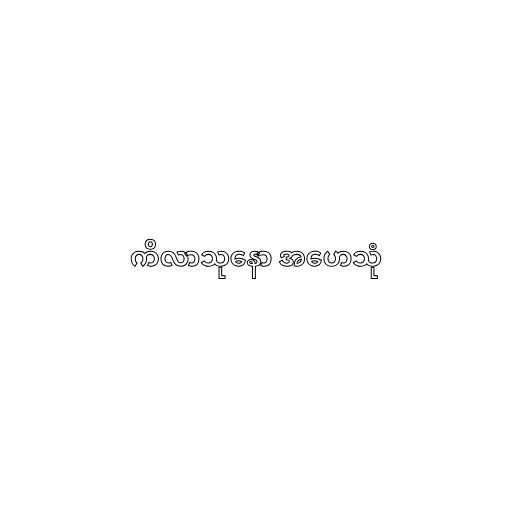
ကိလာသုနော အဟေသုံ